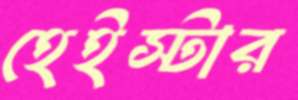
হেইস্টার